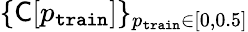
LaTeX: \{ \textsf{C}[{p_{\mathtt{train}}}]\} _{{p_{\mathtt{train}}}\in[0,0.5]}